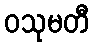
ဝသုမတီ